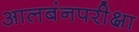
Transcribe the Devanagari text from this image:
आलबंनपरीक्षा